Civil Veterinary Department Bihar & Orissa reports 1929-36 - 1929-1936
Year: 1929
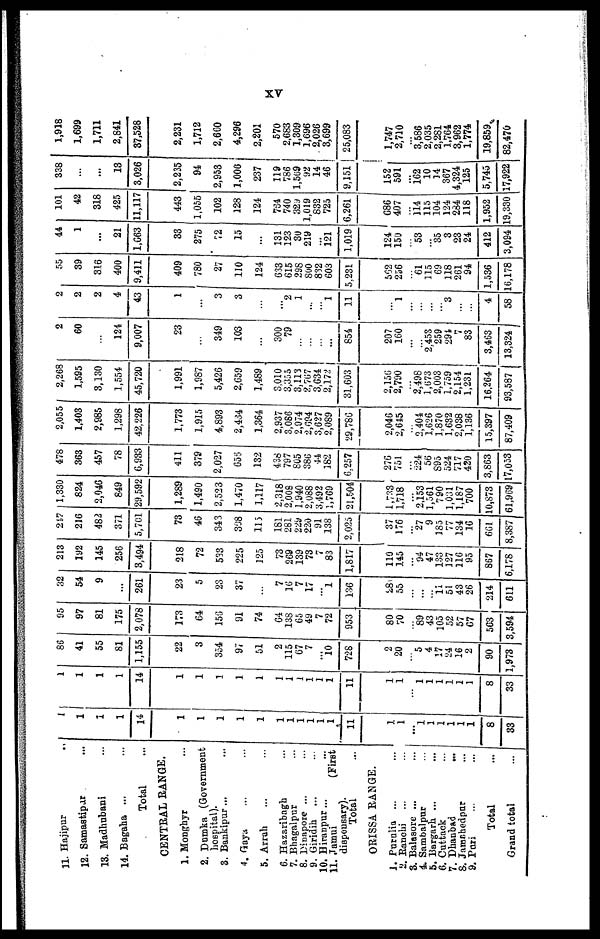
XV
11. Hajipur ...
12. Samastipar ...
13. Madhubani ...
14. Bagaha ... ...
Total ...
CENTRAL RANGE.
1. Monghyr ...
2. Dumka (Government
hospital).
3. Bankipur... ...
4. Gaya ... ...
5. Arrah ... ...
6. Hazaribagh ...
7. Bhagalpur ...
8. Binapore ... ...
9. Giridih ... ...
10. Hiranpur ... ...
11. Jamui (First
dispensary).
Total ...
ORISSA RANGE.
1. Purulia ... ...
2. Ranchi ...
...
3. Balasore ...
...
4. Sambalpur ...
5. Bargarh ... ...
6. Cuttack ...
7. Dhanbad ...
8. Jamahadpur ...
9. Puri ... ...
Total ...
Grand total ...
1
1
1
1
14
1
1
1
1
1
1
1
1
1
1
1
11
1
1
...
1
1
1
1
1
1
8
33
1
1
1
1
14
1
1
1
1
1
1
1
1
1
1
1
11
1
1
...
1 1
1
1
1
1
8
33
86
41
55
81
1,155
22
3
354
97
51
2
115
67
7
10
728
2
20
...
5
4
17
24
16
2
90
1,973
95
97
81
175
2,078
173
64
156
91
74
64
138
65
49
7
72
953
80
70
... 89
43
105
52
57
G7
563
3,594
32
54
9
...
261
23
5
23
37
7
16
7
17
1
136
28
55
...
... 47
11
51
43
26
214
611
213
192
145
256
3,494
218
72
533
225
125
73
269
139
73
83
1,817
110
145
... 94
133
127
116
95
867
6,178
247
216
482
371
5,701
73
46
343
308
115
181
281
229
220
91
138
2,025
37
176
... 27
9
185
77
134
16
661
8,387
1,330
824
2,046
849
29,592
1,289
1,490
2,523
1,470
1,117
2,318
2,008
1,940
2,088
3,492
1,769
21,504
1,733
1,718
... 2,153
1,561
790
1,031
1,187
700
10,873
51,969
478
363
457
78
6,933
411
379
2,027
656
132
438
797
805
386
44
182
6,257
276
751
... 224
56
895
524
717
420
3,863
17,053
2,055
1,403
2,985
1,298
42,226
1,773
1,915
4,893
2,434
1,364
2,937
3,086
2,974
2,694
3,627
2,089
29,786
2,046
2,645
... 2,404
1,626
1,870
1,632
2,038
1,136
15,397
87,409
2,268
1,595
3,130
1,554
45,720
1,991
1,987
5,426
2,659
1,489
3,010
3,355
3,113
2,767
3,634
2,172
31,603
2,156
2,790
... 2,498
1,673
2,003
1,759
2,154
1,231
16,264
93,587
2
60
124
9,007
23
349
103
300
79
...
854
207
160
...
... 2,458 259
294
7
83
3,463
13,324
2
2
2
4
43
1
3
3
2
1
1
11
...
1
...
...
... ... 3
...
...
4
58
55
39
316
400
9,411
409
780
27
110
124
633
615
298
800
832
603
5,231
562
256
...
61 115
69
118
261
94
1,536
16,178
44
1
...
21
1,663
33
275
72
15
...
131
123
30
219
121
1,019
124
150
... 53
... 35
3
23
24
412
3,094
101
42
318
425
11,117
443
1,055
102
128
124
764
740
32y
1,019
832
725
6,261
686
407
... 114
115
104
124
284
118
1,952
19,330
338
...
13
3,026
2,235
94
2,953
1,006
237
119
786
1,569
92
14
46
9,151
152
591
... 162
10
14
367
4,324
125
5,745
17,922
1,918
1,699
1,711
2,841
37,528
2,231
1,712
2,660
4,296
2,201
570
2,683
1,309
1,696
2,026
3,699
25,083
1,747
2,710
... 3,586
2,035
2,281
1,764
3,962
1,774
19,859
82,470